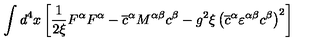
\int d ^ { 4 } x \left[ \frac { 1 } { 2 \xi } F ^ { \alpha } F ^ { \alpha } - \overline { { c } } ^ { \alpha } M ^ { \alpha \beta } c ^ { \beta } - g ^ { 2 } \xi \left( \overline { { c } } ^ { \alpha } \varepsilon ^ { \alpha \beta } c ^ { \beta } \right) ^ { 2 } \right]